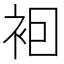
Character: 𧙊